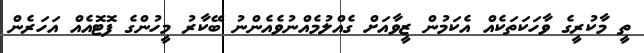
ތީ މާކުރީގެ ވާހަކަތަކެއް އެކަމުން ޒީވާއަށް ގެއްލުމެއްނުވެއެންނު ބޭކާރު މީހުންގެ ފޮޓޮއެއް އަހަރެން